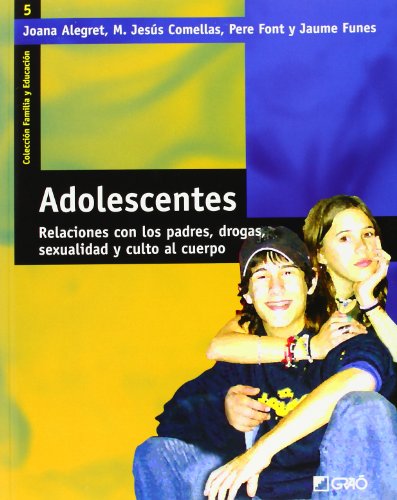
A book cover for Adolescentes/ Adolescents: Relaciones Con Los Padres, Drogas, Sexualidad Y Culto Al Cuerpo/ Relationship With Parents, Drugs, Sexuality and Eating ... Family and Education) (Spanish Edition); Joana Alegret; Health, Fitness & Dieting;